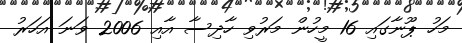
މަހު ޕޫނާގައި 16 މީހުން މަރުވި ހާދިސާ އާއި 2006 ވަނަ އަހަރު